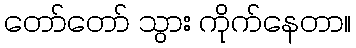
တော်တော် သွား ကိုက်နေတာ။